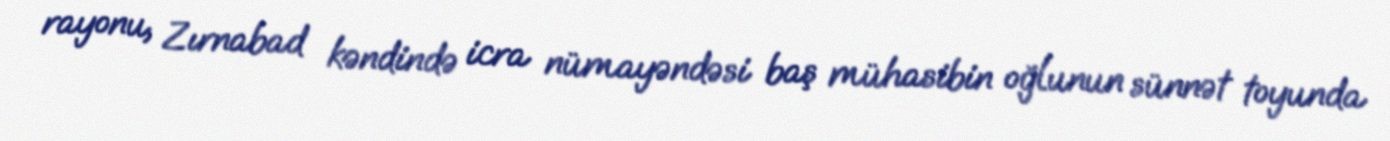
rayonu, Zırnabad kəndində icra nümayəndəsi baş mühasibin oğlunun sünnət toyunda